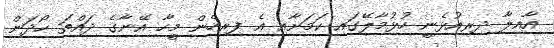
އާއިލާ ދިރިއުޅެނީ ހުޅުމާލޭގައި ކަމަށާއި އެ ފިރިހެން މީހާ އޭނާގެ ދައްތަ ހޯދަން